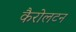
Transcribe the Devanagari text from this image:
कैरोलटन